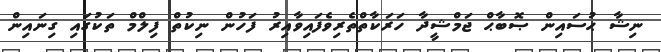
ނިޝާ ޙުސައިން ޞޮބާޙް ޖަމްޝީދާ ހަރަކާތްތެރިވެފައިވާއިރު ފަހުން ނިކުތް ފިލްމް ތަކުގައި ގިނައިން